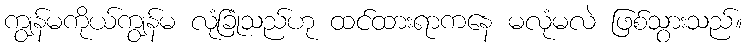
ကျွန်မကိုယ်ကျွန်မ လုံခြုံသည်ဟု ထင်ထားရာကနေ မလုံမလဲ ဖြစ်သွားသည်။